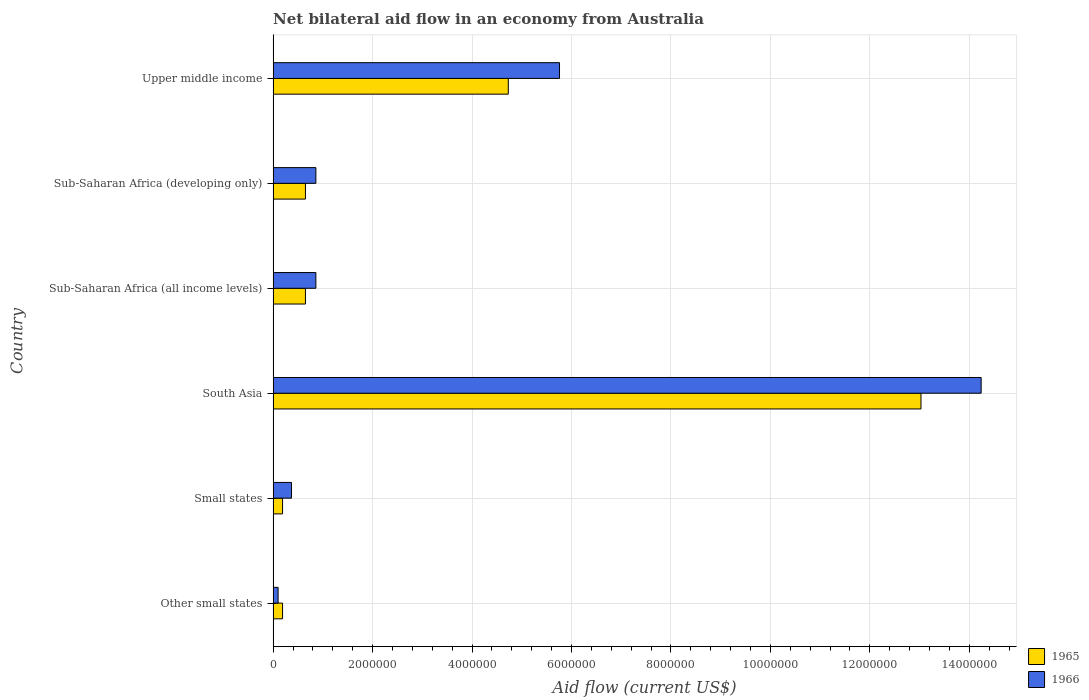
| Country | 1965 | 1966 |
 | --- | --- | --- |
 | Other small states | 1.9e+05 | 1e+05 |
 | Small states | 1.9e+05 | 3.7e+05 |
 | South Asia | 1.3e+07 | 1.42e+07 |
 | Sub-Saharan Africa (all income levels) | 6.5e+05 | 8.6e+05 |
 | Sub-Saharan Africa (developing only) | 6.5e+05 | 8.6e+05 |
 | Upper middle income | 4.73e+06 | 5.76e+06 |